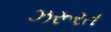
ઝરૂરત